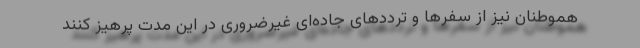
هموطنان نیز از سفرها و ترددهای جاده‌ای غیرضروری در این مدت پرهیز کنند